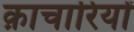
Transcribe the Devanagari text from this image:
क़ाचारियों